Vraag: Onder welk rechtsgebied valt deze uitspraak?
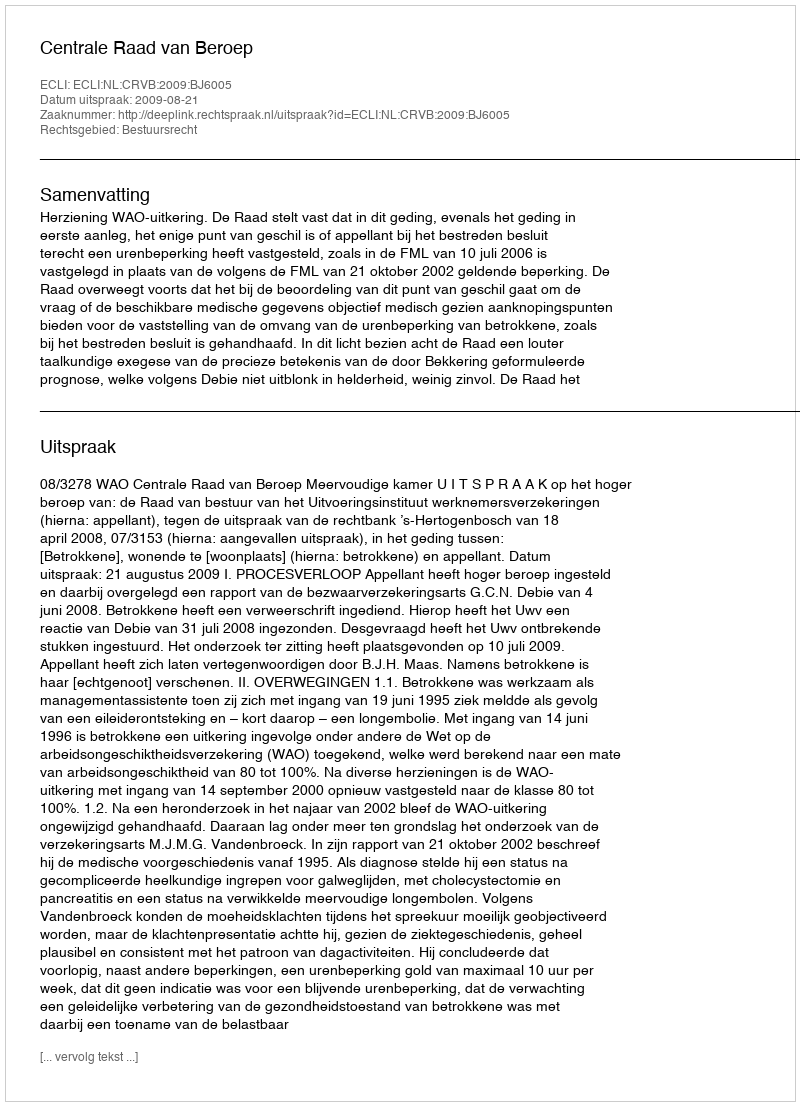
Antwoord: Bestuursrecht